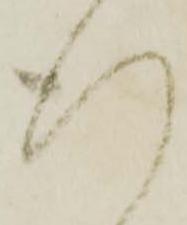
行